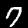
Digit: 7